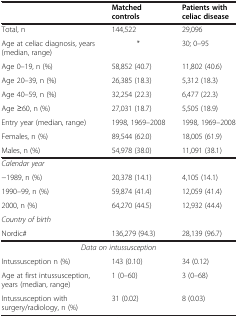
|  | Matched controls | Patients with celiac disease |
 | --- | --- | --- |
 | Total, n | 144,522 | 29,096 |
 | Age at celiac diagnosis, years (median, range) | * | 30; 0–95 |
 | Age 0–19, n (%) | 58,852 (40.7) | 11,802 (40.6) |
 | Age 20–39, n (%) | 26,385 (18.3) | 5,312 (18.3) |
 | Age 40–59, n (%) | 32,254 (22.3) | 6,477 (22.3) |
 | Age ≥60, n (%) | 27,031 (18.7) | 5,505 (18.9) |
 | Entry year (median, range) | 1998, 1969–2008 | 1998, 1969–2008 |
 | Females, n (%) | 89,544 (62.0) | 18,005 (61.9) |
 | Males, n (%) | 54,978 (38.0) | 11,091 (38.1) |
 | Calendar year |  |  |
 | −1989, n (%) | 20,378 (14.1) | 4,105 (14.1) |
 | 1990–99, n (%) | 59,874 (41.4) | 12,059 (41.4) |
 | 2000, n (%) | 64,270 (44.5) | 12,932 (44.4) |
 | Country of birth |  |  |
 | Nordic# | 136,279 (94.3) | 28,139 (96.7) |
 | <COLSPAN=3> Data on intussusception |
 | Intussusception n (%) | 143 (0.10) | 34 (0.12) |
 | Age at first intussusception, years (median, range) | 1 (0–60) | 3 (0–68) |
 | Intussusception with surgery/radiology, n (%) | 31 (0.02) | 8 (0.03) |